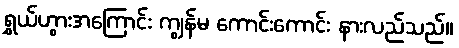
ရွှယ်ဟွားအကြောင်း ကျွန်မ ကောင်းကောင်း နားလည်သည်။